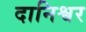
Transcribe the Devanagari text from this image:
दानिश्वर